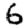
Digit: 6